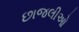
છાજલીઓ